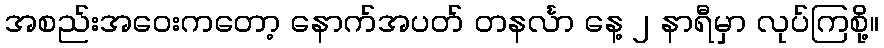
အစည်းအဝေးကတော့ နောက်အပတ် တနင်္လာ နေ့ ၂ နာရီမှာ လုပ်ကြစို့။